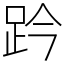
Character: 趻